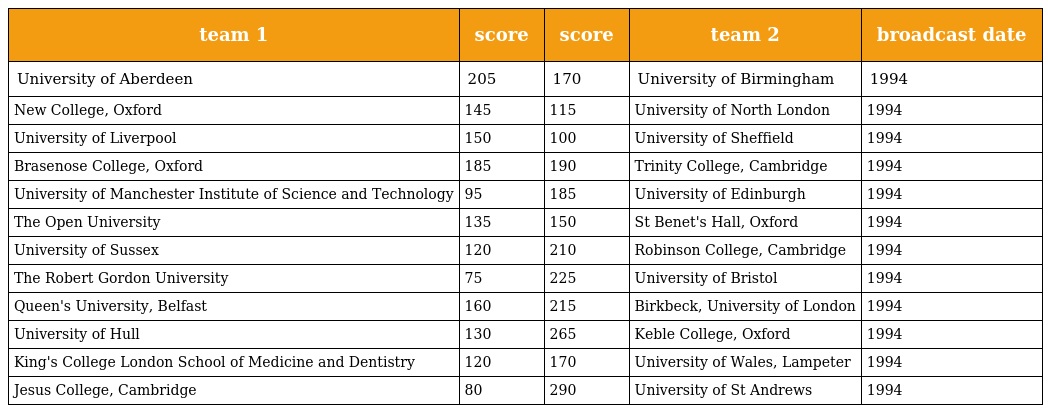
| team 1 | score | score | team 2 | broadcast date |
 | --- | --- | --- | --- | --- |
 | University of Aberdeen | 205 | 170 | University of Birmingham | 1994 |
 | New College, Oxford | 145 | 115 | University of North London | 1994 |
 | University of Liverpool | 150 | 100 | University of Sheffield | 1994 |
 | Brasenose College, Oxford | 185 | 190 | Trinity College, Cambridge | 1994 |
 | University of Manchester Institute of Science and Technology | 95 | 185 | University of Edinburgh | 1994 |
 | The Open University | 135 | 150 | St Benet's Hall, Oxford | 1994 |
 | University of Sussex | 120 | 210 | Robinson College, Cambridge | 1994 |
 | The Robert Gordon University | 75 | 225 | University of Bristol | 1994 |
 | Queen's University, Belfast | 160 | 215 | Birkbeck, University of London | 1994 |
 | University of Hull | 130 | 265 | Keble College, Oxford | 1994 |
 | King's College London School of Medicine and Dentistry | 120 | 170 | University of Wales, Lampeter | 1994 |
 | Jesus College, Cambridge | 80 | 290 | University of St Andrews | 1994 |